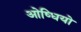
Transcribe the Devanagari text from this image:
ओष्धियो